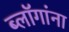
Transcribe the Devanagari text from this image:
ब्लॉगांना